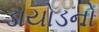
ડાયોડનો